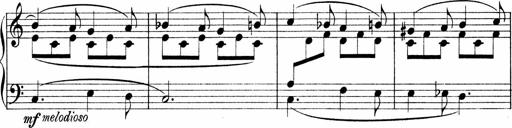
Title: Sonatina No.1
Composer: Otto Stoll
Key: C major